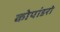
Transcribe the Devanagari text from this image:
कोपांडरो